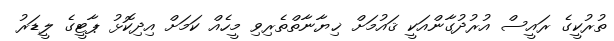
ތުރުކީގެ ރައީސް އުރުދުގާންއަކީ ޤައުމަށް ޚިޔާނާތްތެރިވި މީހެއް ކަމަށް އިދިކޮޅު ޕާޓީގެ ލީޑަރު